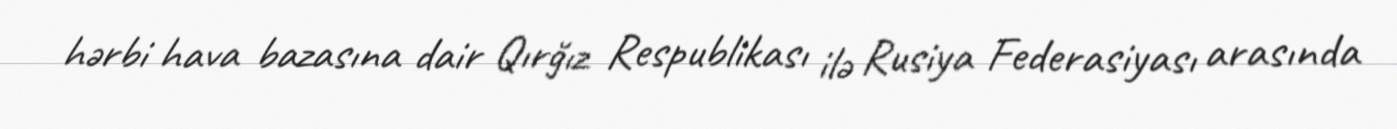
hərbi hava bazasına dair Qırğız Respublikası ilə Rusiya Federasiyası arasında